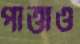
পাত্তাও